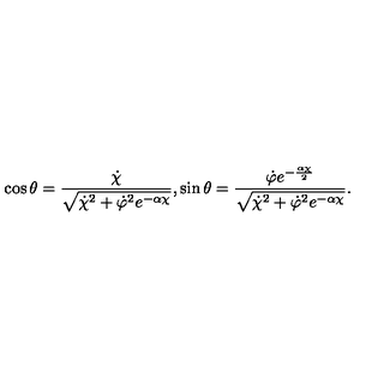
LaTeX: \cos \theta = \frac { \dot { \chi } } { \sqrt { \dot { \chi } ^ { 2 } + \dot { \varphi } ^ { 2 } e ^ { - \alpha \chi } } } , \sin \theta = \frac { \dot { \varphi } e ^ { - \frac { \alpha \chi } { 2 } } } { \sqrt { \dot { \chi } ^ { 2 } + \dot { \varphi } ^ { 2 } e ^ { - \alpha \chi } } } .